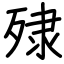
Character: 殔